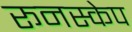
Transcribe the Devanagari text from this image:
रूनस्केप